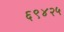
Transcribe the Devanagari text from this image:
६९४२५